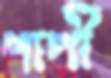
পাপী